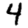
Digit: 4